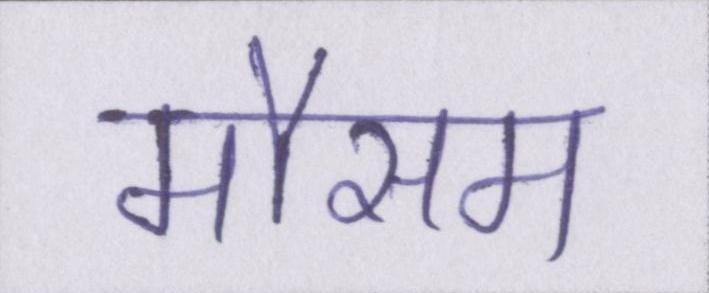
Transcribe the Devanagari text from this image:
मौसम